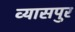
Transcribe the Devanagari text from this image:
व्‍यासपुर